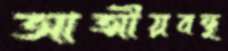
আত্মীয়বন্ধু